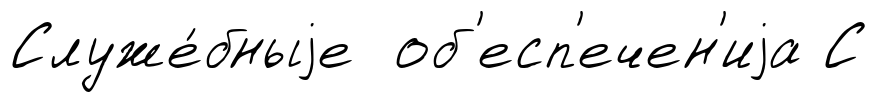
Служе́бныjе об'есп'ечен'иjа С